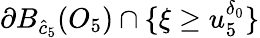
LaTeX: \partial B_{\hat{c}_{5}}(O_{5})\cap\{ \xi\geq u_{5}^{\delta_{0}}\}